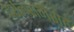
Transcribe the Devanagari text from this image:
दर्शनरांगेसह